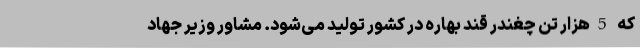
که 5هزار تن چغندر قند بهاره در کشور تولید می‌شود. مشاور وزیر جهاد